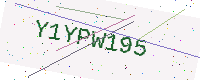
Text: Y1YPW195